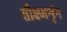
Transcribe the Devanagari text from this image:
तीक्ष्णशृंग